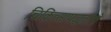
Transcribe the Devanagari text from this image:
चिकित्सापद्धतीचे